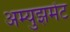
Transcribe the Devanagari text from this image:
अम्युझमेंट